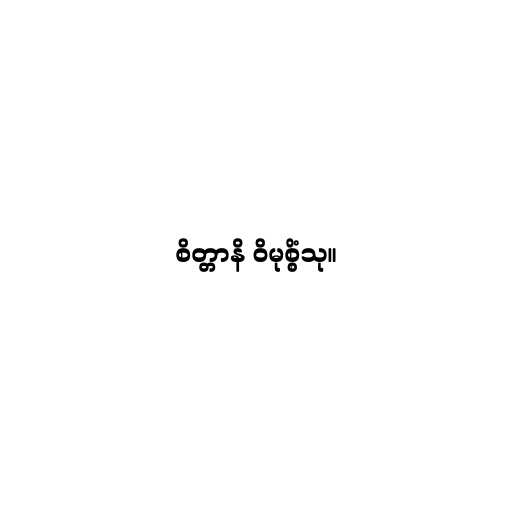
စိတ္တာနိ ဝိမုစ္စိံသု။